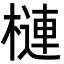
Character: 槤